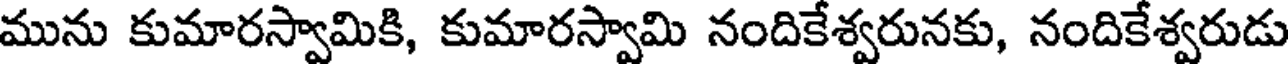
మును కుమారస్వామికి, కుమారస్వామి నందికేశ్వరునకు, నందికేశ్వరుడు